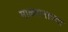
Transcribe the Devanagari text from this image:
माळरानाच्या